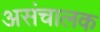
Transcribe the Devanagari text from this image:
असंचालक